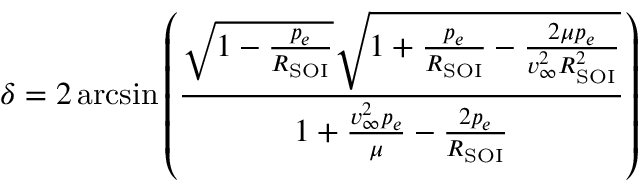
\delta = 2 \arcsin \left( { \frac { { \sqrt { 1 - { \frac { p _ { e } } { R _ { \mathrm { S O I } } } } } } { \sqrt { 1 + { \frac { p _ { e } } { R _ { \mathrm { S O I } } } } - { \frac { 2 \mu p _ { e } } { v _ { \infty } ^ { 2 } R _ { \mathrm { S O I } } ^ { 2 } } } } } } { 1 + { \frac { v _ { \infty } ^ { 2 } p _ { e } } { \mu } } - { \frac { 2 p _ { e } } { R _ { \mathrm { S O I } } } } } } \right)